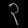
Digit: ၃